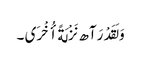
وَ لَقَدْ رَآھ نَزْلَةً أُخْرَی ۔